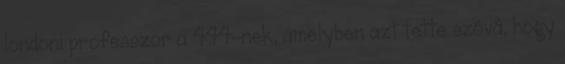
londoni professzor a 444-nek, amelyben azt tette szóvá, hogy